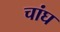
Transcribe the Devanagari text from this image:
चांघ